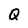
Character: Q